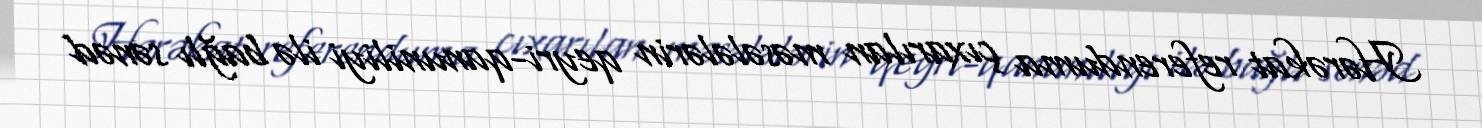
Hərəkat referenduma çıxarılan məsələlərin qeyri-qanuniliyi ilə bağlı sənəd